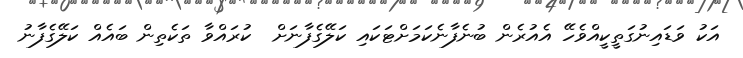
އަކު ވަޑައިނުގަތީކީއްވެހޭ އެއުރެން ބުނެފާނެކަމަށްޓަކައި ކަލޭގެފާނަށް  ކުރައްވާ ތަކެތިން ބައެއް ކަލޭގެފާނު